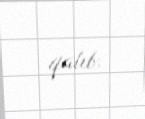
qalıb.